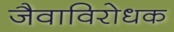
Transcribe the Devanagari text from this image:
जैवाविरोधक